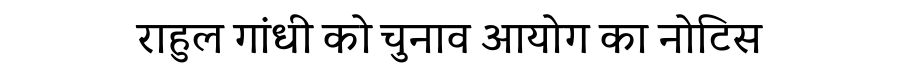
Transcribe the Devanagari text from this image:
राहुल गांधी को चुनाव आयोग का नोटिस